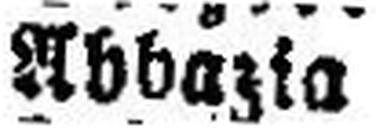
Abbazia